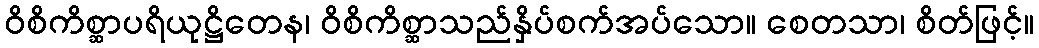
ဝိစိကိစ္ဆာပရိယုဋ္ဌိတေန၊ ဝိစိကိစ္ဆာသည်နှိပ်စက်အပ်သော။ စေတသာ၊ စိတ်ဖြင့်။